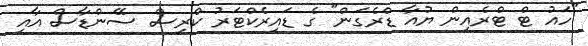
"ހައު ޓް ޓްރެއިން ޔުއާ ޑްރެގަން" ގެ ޑައިރެކްޓަރު ކްރިސް ސޭންޑާސް އާއި